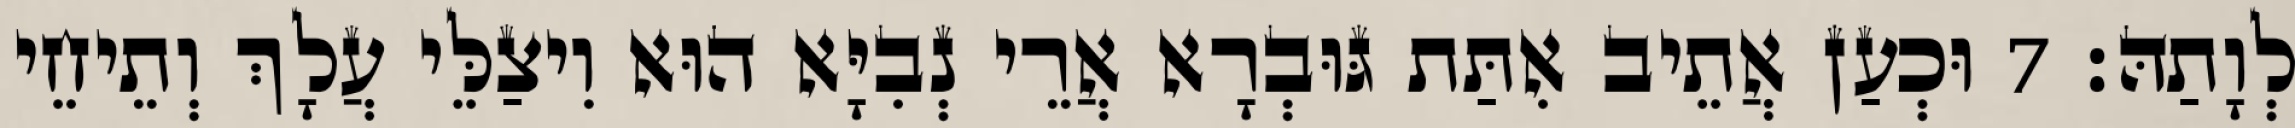
לְוָתַהּ׃ 7 וּכְעַן אֲתֵיב אִתַּת גּוּבְרָא אֲרֵי נְבִיָּא הוּא וִיצַלֵּי עֲלָךְ וְתֵיחֵי